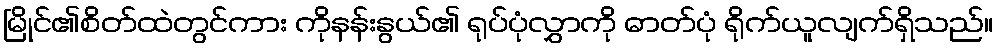
မြိုင်၏စိတ်ထဲတွင်ကား ကိုနန်းနွယ်၏ ရုပ်ပုံလွှာကို ဓာတ်ပုံ ရိုက်ယူလျက်ရှိသည်။